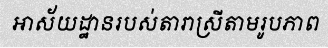
អាស័យដ្ឋានរបស់តារាស្រីតាមរូបភាព